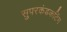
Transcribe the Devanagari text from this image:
सुपरकंडकटिंग